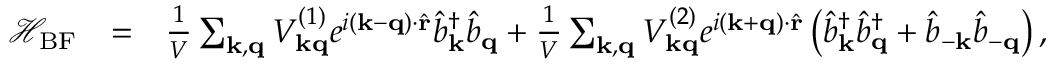
\begin{array} { r l r } { \mathcal { H } _ { \mathrm { B F } } } & { = } & { \frac { 1 } { V } \sum _ { \mathbf { k , q } } V _ { \mathbf { k q } } ^ { ( 1 ) } e ^ { i \left( \mathbf { k - q } \right) \cdot \hat { \mathbf { r } } } \hat { b } _ { \mathbf { k } } ^ { \dagger } \hat { b } _ { \mathbf { q } } + \frac { 1 } { V } \sum _ { \mathbf { k , q } } V _ { \mathbf { k q } } ^ { ( 2 ) } e ^ { i \left( \mathbf { k + q } \right) \cdot \hat { \mathbf { r } } } \left( \hat { b } _ { \mathbf { k } } ^ { \dagger } \hat { b } _ { \mathbf { q } } ^ { \dagger } + \hat { b } _ { \mathbf { - k } } \hat { b } _ { \mathbf { - q } } \right) , } \end{array}